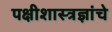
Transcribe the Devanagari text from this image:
पक्षीशास्त्रज्ञांचे